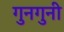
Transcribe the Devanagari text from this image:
गुनगुनी